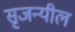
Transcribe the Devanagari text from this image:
सृजन्यील